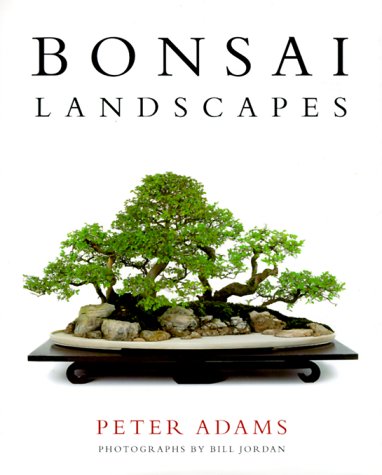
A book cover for Bonsai Landscapes; Peter Adams; Crafts, Hobbies & Home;